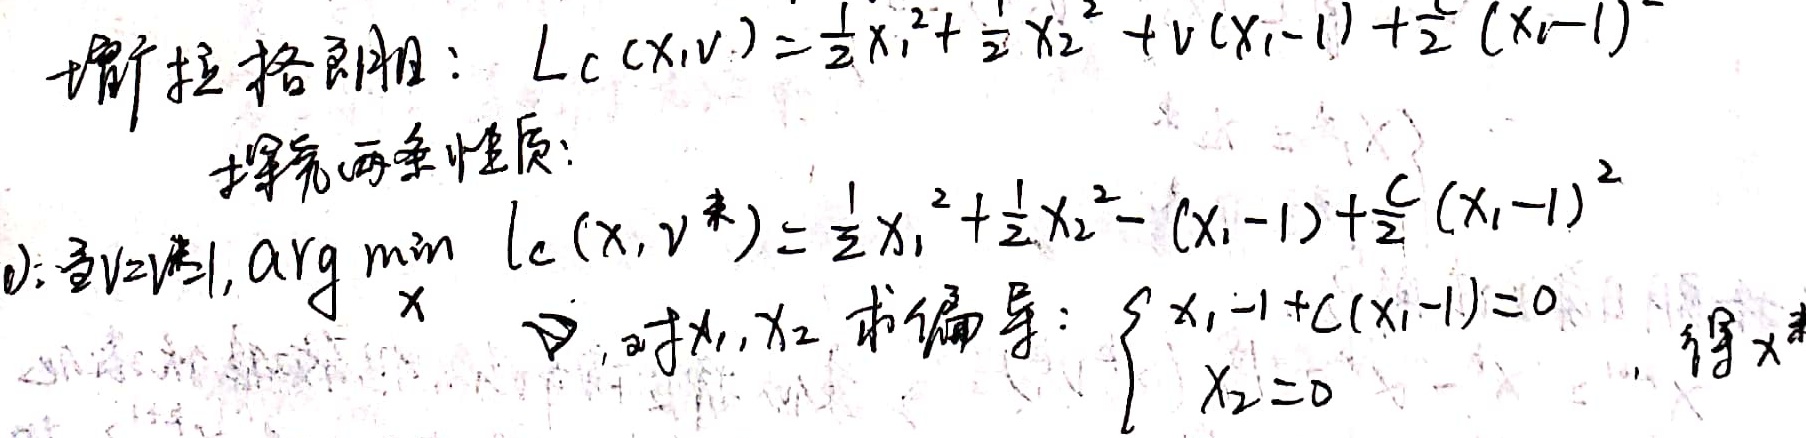
增广拉格朗日： \( L_c(x, v) = \frac{1}{2}x_1^{2} + \frac{1}{2}x_2^{2} + v(x_1 - 1) + \frac{c}{2}(x_1 - 1)^{2} \)
探究两条性质：
0): 令 \(v = v^k\) 时, \(\underset{x}{\arg\min} \ l_c(x, v^k) = \frac{1}{2}x_1^{2} + \frac{1}{2}x_2^{2} - (x_1 - 1) + \frac{c}{2}(x_1 - 1)^{2} \)
  对 \(x_1, x_2\) 求偏导：\(\begin{cases}
x_1 - 1 + c(x_1 - 1) = 0 \\
x_2 = 0
\end{cases}\) ，得 \(x^*\)